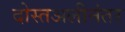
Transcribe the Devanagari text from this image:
दोस्तअलीनंतर